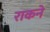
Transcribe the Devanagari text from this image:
राकने